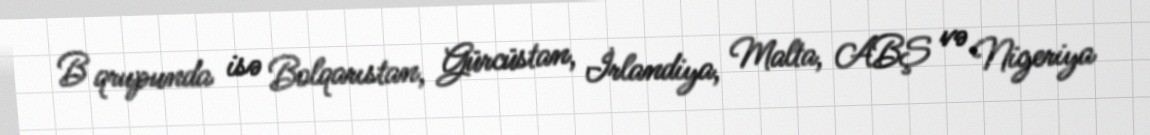
B qrupunda isə Bolqarıstan, Gürcüstan, İrlandiya, Malta, ABŞ və Nigeriya